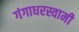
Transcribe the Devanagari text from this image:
गंगाधरस्वामी